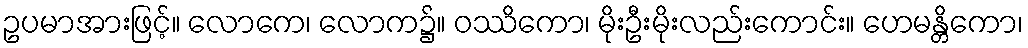
ဥပမာအားဖြင့်။ လောကေ၊ လောက၌။ ဝဿိကော၊ မိုးဦးမိုးလည်းကောင်း။ ဟေမန္တိကော၊